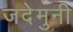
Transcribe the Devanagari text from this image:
जदेमुनी